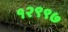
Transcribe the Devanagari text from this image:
१२९९७